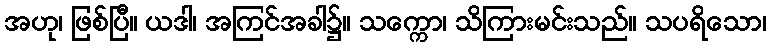
အဟု၊ ဖြစ်ပြီ။ ယဒါ၊ အကြင်အခါ၌။ သက္ကော၊ သိကြားမင်းသည်။ သပရိသော၊